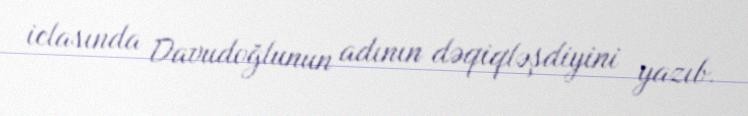
iclasında Davudoğlunun adının dəqiqləşdiyini yazıb.